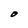
Character: O